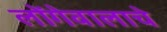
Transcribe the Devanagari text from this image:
लोंगेवालाचे